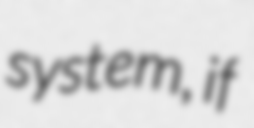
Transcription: system, if